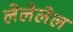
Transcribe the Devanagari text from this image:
लेलेलेल